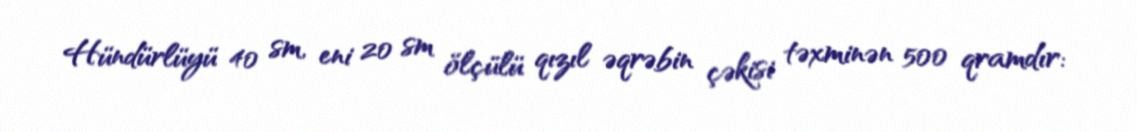
Hündürlüyü 40 sm, eni 20 sm ölçülü qızıl əqrəbin çəkisi təxminən 500 qramdır: